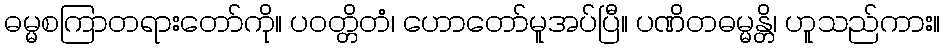
ဓမ္မစကြာတရားတော်ကို။ ပဝတ္တိတံ၊ ဟောတော်မူအပ်ပြီ။ ပဏိတဓမ္မန္တိ၊ ဟူသည်ကား။